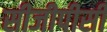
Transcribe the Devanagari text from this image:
सीजीपीसी